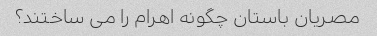
مصریان باستان چگونه اهرام را می ساختند؟